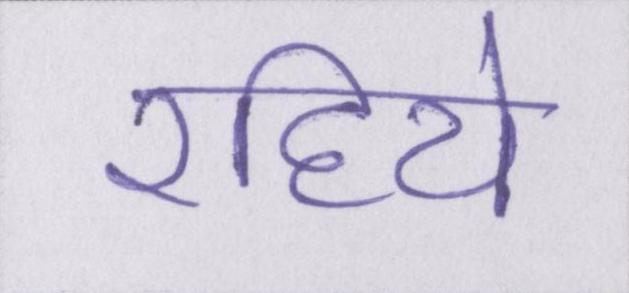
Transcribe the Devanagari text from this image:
रहिये